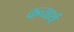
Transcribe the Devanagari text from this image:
कव्यार्थ